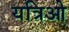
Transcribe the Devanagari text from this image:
यत्रिओ